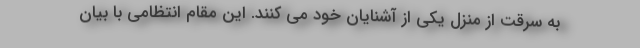
به سرقت از منزل یکی از آشنایان خود می کنند. این مقام انتظامی با بیان